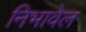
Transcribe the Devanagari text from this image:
निभावेल